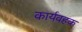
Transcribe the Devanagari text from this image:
कार्यवहक